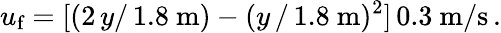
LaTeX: u_{\textup{f}}=[(2\, y/\, 1.8~\mathrm{m})-(y\, /\, 1.8~\mathrm{m})^{2}]\, 0.3~\mathrm{m/s}\, .